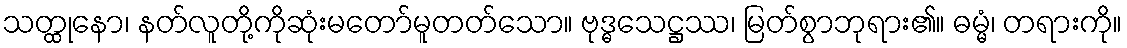
သတ္ထုနော၊ နတ်လူတို့ကိုဆုံးမတော်မူတတ်သော။ ဗုဒ္ဓသေဋ္ဌဿ၊ မြတ်စွာဘုရား၏။ ဓမ္မံ၊ တရားကို။